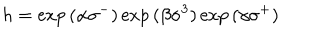
h = \exp { ( \alpha \sigma ^ { - } ) } \exp { ( \beta \sigma ^ { 3 } ) } \exp { ( \gamma \sigma ^ { + } ) }